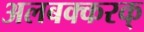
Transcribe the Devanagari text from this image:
अलबक्करक्